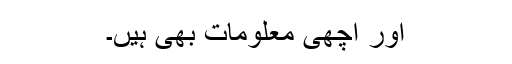
اور اچھی معلومات بھی ہیں۔